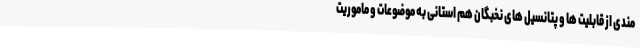
مندی از قابلیت ها و پتانسیل های نخبگان هم استانی به موضوعات و ماموریت